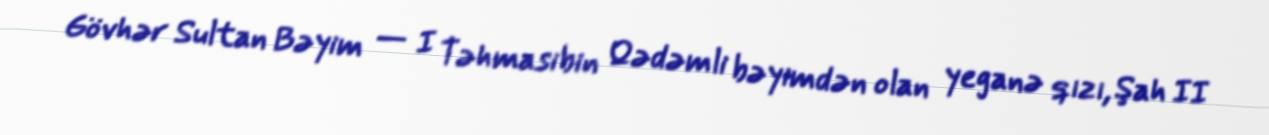
Gövhər Sultan Bəyim — I Təhmasibin Qədəmli bəyimdən olan yeganə qızı, Şah II